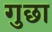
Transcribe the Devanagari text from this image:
गुछा